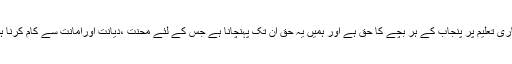
معیاری تعلیم پر پنجاب کے ہر بچے کا حق ہے اور ہمیں یہ حق ان تک پہنچانا ہے جس کے لئے محنت ،دیانت اورامانت سے کام کرنا ہوگا۔